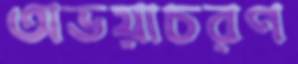
অভয়াচরণ